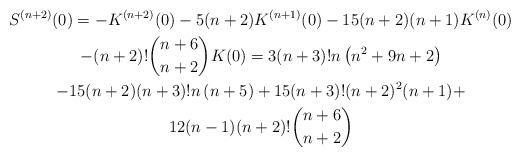
LaTeX: \begin{gather*}S^{(n+2)}(0)=-K^{(n+2)}(0)-5(n+2)K^{(n+1)}(0)-15(n+2)(n+1)K^{(n)}(0) \\-(n+2)!\dbinom{n+6}{n+2}K(0)=3(n+3)!n\left( n^{2}+9n+2\right) \\-15(n+2)(n+3)!n\left( n+5\right) +15(n+3)!(n+2)^{2}(n+1)+ \\12(n-1)(n+2)!\dbinom{n+6}{n+2}\end{gather*}